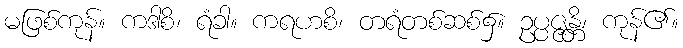
မဖြစ်ကုန်။ ကဒါစိ၊ ရံခါ။ ကရဟစိ၊ တရံတစ်ဆစ်၌။ ဥပ္ပဇ္ဇန္တိ၊ ကုန်၏။